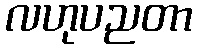
လဟုပညတာ